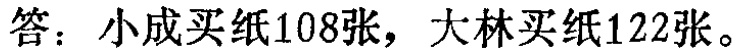
答：小成买纸108张，大林买纸122张。